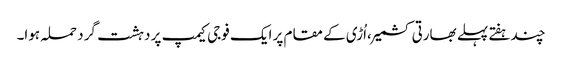
چندہفتے پہلے بھارتی کشمیر ،اُڑی کے مقام پر ایک فوجی کیمپ پر دہشت گرد حملہ ہوا۔